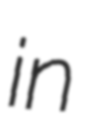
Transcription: in